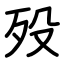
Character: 殁